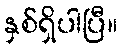
နှစ်ရှိပါပြီ။